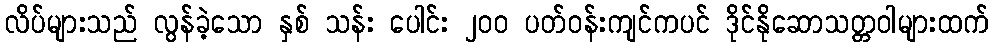
လိပ်များသည် လွန်ခဲ့သော နှစ် သန်း ပေါင်း ၂၀၀ ပတ်ဝန်းကျင်ကပင် ဒိုင်နိုဆောသတ္တဝါများထက်